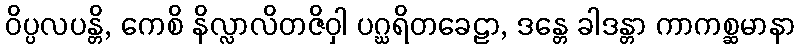
ဝိပ္ပလပန္တိ, ကေစိ နိလ္လာလိတဇိဝှါ ပဂ္ဃရိတခေဠာ, ဒန္တေ ခါဒန္တာ ကာကစ္ဆမာနာ